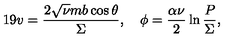
1 9 v = \frac { 2 \sqrt { \nu } m b \cos \theta } { \Sigma } , \quad \phi = \frac { \alpha \nu } { 2 } \ln \frac { P } { \Sigma } ,